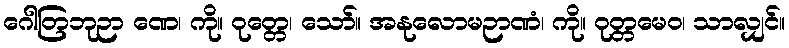
ဂေါတြဘုဉာ ဏေ၊ ကို။ ဝုတ္တေ၊ သော်။ အနုလောမဉာဏံ၊ ကို။ ဝုတ္တမေဝ၊ သာလျှင်။